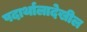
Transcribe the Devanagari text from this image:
पदार्थालादेखील